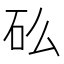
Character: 𬑼